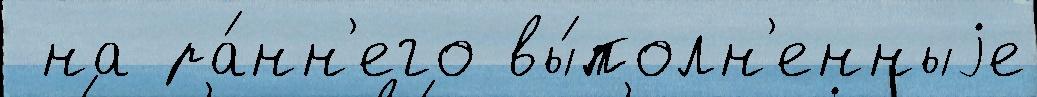
 на ра́нн'его вы́полн'енныjе